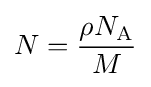
N={\frac {\rho N_{\rm {A}}}{M}}